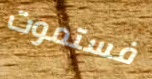
فستموت